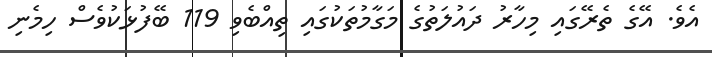
އެވެ. އޭގެ ތެރޭގައި މިހާރު ދައުލަތުގެ މަަގާމުތަކުގައި ތިއްބެވި 119 ބޭފުޅަކުވެސް ހިމެނި